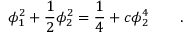
\phi _ { 1 } ^ { 2 } + \frac { 1 } { 2 } \phi _ { 2 } ^ { 2 } = \frac { 1 } { 4 } + c \phi _ { 2 } ^ { 4 } \qquad .